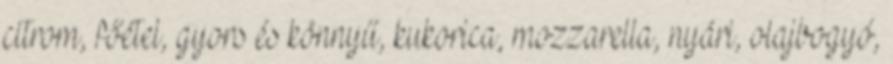
citrom, főétel, gyors és könnyű, kukorica, mozzarella, nyári, olajbogyó,